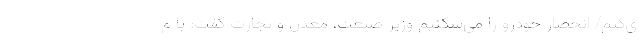
ی‌کنم/ انحصار خودرو را می‌شکنیم وزیر صنعت، معدن و تجارت گفت: با م